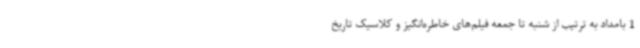
1 بامداد به ترتیب از شنبه تا جمعه فیلم‌های خاطره‌انگیز و کلاسیک تاریخ